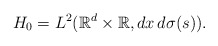
\begin{align*}H_0 = L^2(\mathbb{R}^d \times\mathbb{R},dx\,d\sigma(s)).\end{align*}